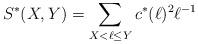
LaTeX: \begin{align*} S^*(X,Y)=\sum_{X<\ell\le Y} c^*(\ell)^2\ell^{-1}\end{align*}